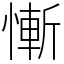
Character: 慚